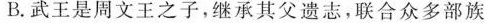
B.武王是周文王之子,继承其父遗志,联合众多部族